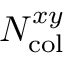
N _ { \mathrm { c o l } } ^ { x y }